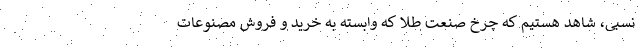
نسبی، شاهد هستیم که چرخ صنعت طلا که وابسته به خرید و فروش مصنوعات